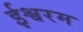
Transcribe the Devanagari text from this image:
ईश्वरम